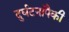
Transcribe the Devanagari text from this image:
दुर्घटनांपैकी